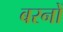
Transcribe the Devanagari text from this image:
बरनों